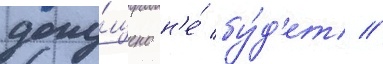
допу́щено н'е́ бу́д'ет //